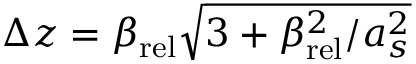
\Delta z = \beta _ { \mathrm { r e l } } \sqrt { 3 + \beta _ { \mathrm { r e l } } ^ { 2 } / a _ { s } ^ { 2 } }